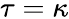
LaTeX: \tau=\kappa